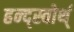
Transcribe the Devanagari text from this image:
हन्द्स्वोर्थ्